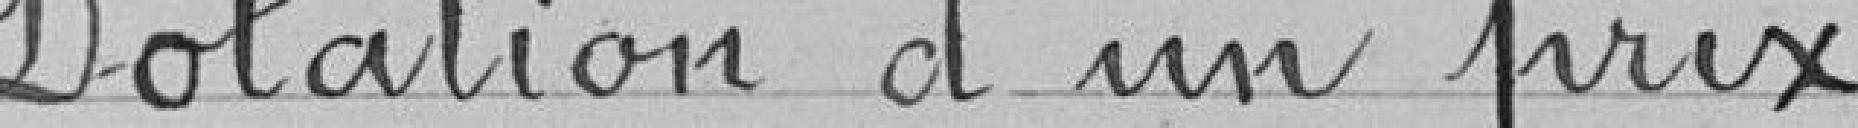
Dotation d'un prix